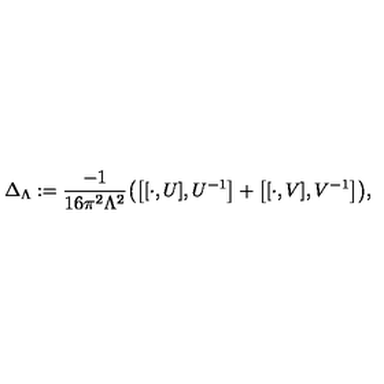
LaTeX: \Delta _ { \Lambda } : = { \frac { - 1 } { 1 6 \pi ^ { 2 } \Lambda ^ { 2 } } } \bigl ( \bigl [ [ \cdot , U ] , U ^ { - 1 } \bigr ] + \bigl [ [ \cdot , V ] , V ^ { - 1 } \bigr ] \bigr ) ,